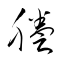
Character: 謄